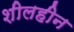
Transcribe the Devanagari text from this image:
शीलहीन